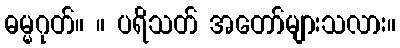
ဓမ္မဂုတ်။ ။ ပရိသတ် အတော်များသလား။